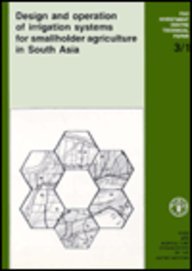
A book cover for Design and Operation of Irrigation Systems for Smallholder Agriculture in South Asia (Fao Investment Centre Technical Paper 3/1); D. E. Campbell; Science & Math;